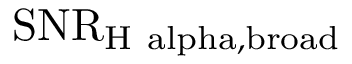
\mathrm { S N R } _ { \mathrm { H \ a l p h a , b r o a d } }